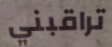
تراقبني